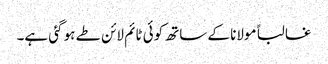
غالبا ًمولانا کے ساتھ کوئی ٹائم لائن طے ہو گئی ہے۔